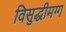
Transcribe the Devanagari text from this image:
विसुद्धीमग्ग